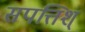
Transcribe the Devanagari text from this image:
सपत्तिश्